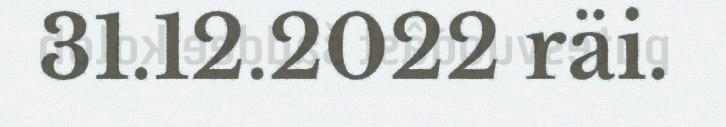
31.12.2022 räi.